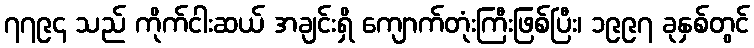
၇၇၉၄ သည် ကိုက်ငါးဆယ် အချင်းရှိ ကျောက်တုံးကြီးဖြစ်ပြီး၊ ၁၉၉၇ ခုနှစ်တွင်